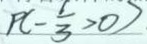
P ( - \frac { 1 } { 3 } > 0 )